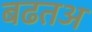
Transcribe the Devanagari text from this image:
बढतअ